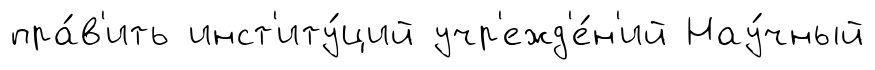
пра́в'ить инст'иту́ций учр'ежд'е́н'ий Нау́чный